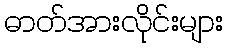
ဓာတ်အားလိုင်းများ